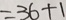
= 3 6 + 1